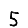
Digit: 5